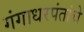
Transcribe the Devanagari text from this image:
गंगाधरपंतांचे